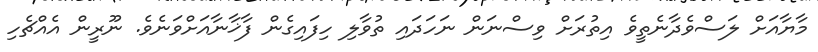
މާޔާއަށް ލަސްވެދާނެތީވެ އިތުރަށް ވިސްނަން ނަހަދައި ތުވާލި ހިފައިގެން ފާޚާނާއަށްވަނެވެ. ނޫރީން އެއްޗެހި